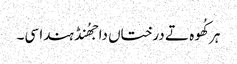
ہر کُھوہ تے درختاں دا جھُنڈ ہندا سی۔